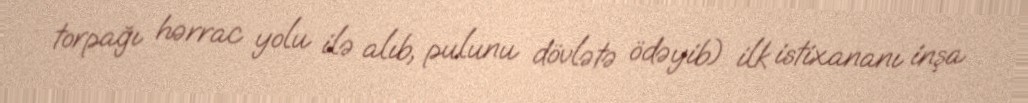
torpağı hərrac yolu ilə alıb, pulunu dövlətə ödəyib) ilk istixananı inşa